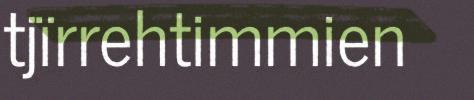
tjïrrehtimmien